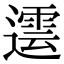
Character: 𨗠